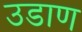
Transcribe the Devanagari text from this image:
उडाण